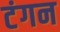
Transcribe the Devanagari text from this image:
टंगन